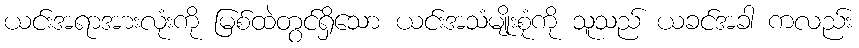
ယင်းအရာအားလုံးကို မြစ်ထဲတွင်ရှိသော ယင်းအသံမျိုးစုံကို သူသည် ယခင်အခါ ကလည်း